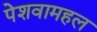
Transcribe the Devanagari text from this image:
पेशवामहल